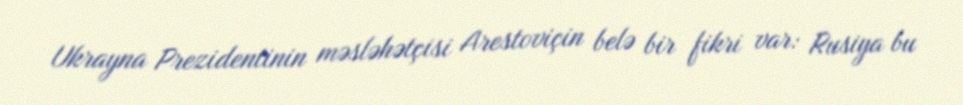
Ukrayna Prezidentinin məsləhətçisi Arestoviçin belə bir fikri var: Rusiya bu